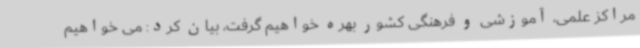
مراکز علمی، آموزشی و فرهنگی کشور بهره خواهیم گرفت، بیان کرد: می خواهیم